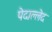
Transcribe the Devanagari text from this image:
पेदाल्लेद